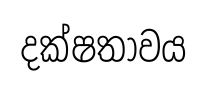
දක්ෂතාවය